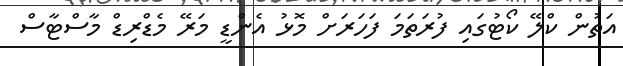
އަތުން ކްލޭ ކޯޓުގައި ފުރަތަމަ ފަހަރަށް މޮޅު އެންޑީ މަރޭ މެޑްރިޑް މާސްޓާސް